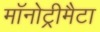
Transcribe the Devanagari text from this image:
मॉनोट्रीमैटा